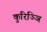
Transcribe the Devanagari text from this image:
कुरिञ्ञि